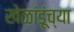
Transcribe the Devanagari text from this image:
खेळांडूंच्या